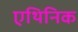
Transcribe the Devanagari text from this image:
एथिनिक